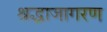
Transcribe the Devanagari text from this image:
श्रद्धाजागरण